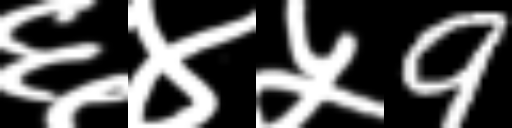
Text: ६४५9